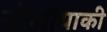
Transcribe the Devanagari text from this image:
तोशीयाकी